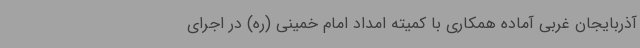
آذربایجان غربی آماده همکاری با کمیته امداد امام خمینی (ره) در اجرای